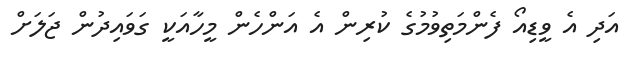
އަދި އެ ވީޑިއޯ ފެންމަތިވުމުގެ ކުރިން އެ އަންހެން މީހާއަކީ ގަވައިދުން ޖަލަށް